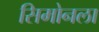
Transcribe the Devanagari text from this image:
सिमोनला